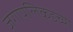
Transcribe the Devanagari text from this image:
जगापलिकडच्या